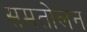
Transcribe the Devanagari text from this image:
समतोलन